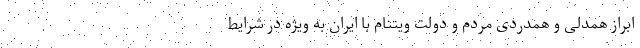
ابراز همدلی و همدردی مردم و دولت ویتنام با ایران به ویژه در شرایط